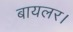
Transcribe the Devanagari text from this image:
बायलर।